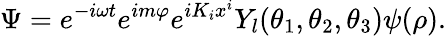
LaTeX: \Psi=e^{-i\omega t}e^{im\varphi}e^{iK_{i}x^{i}}Y_{l}(\theta_{1},\theta_{2},\theta_{3})\psi(\rho).